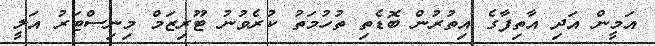
އަމީން އަދި އާތިފާގެ އިތުރުން ބޮޑެތި ތުހުމަތު ކުރެވުނު ޓޫރިޒަމް މިނިސްޓަރު އަލީ